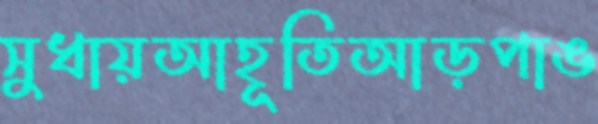
সুধায়আহূতিআড়পাঙ